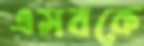
এসবকে